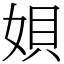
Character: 㛝